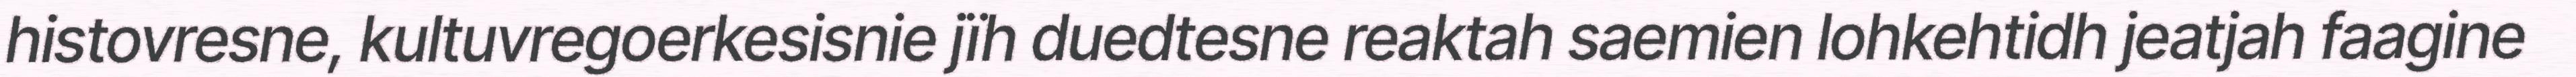
histovresne, kultuvregoerkesisnie jïh duedtesne reaktah saemien lohkehtidh jeatjah faagine